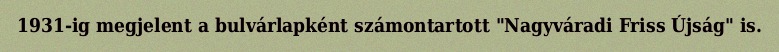
1931-ig megjelent a bulvárlapként számontartott "Nagyváradi Friss Újság" is.